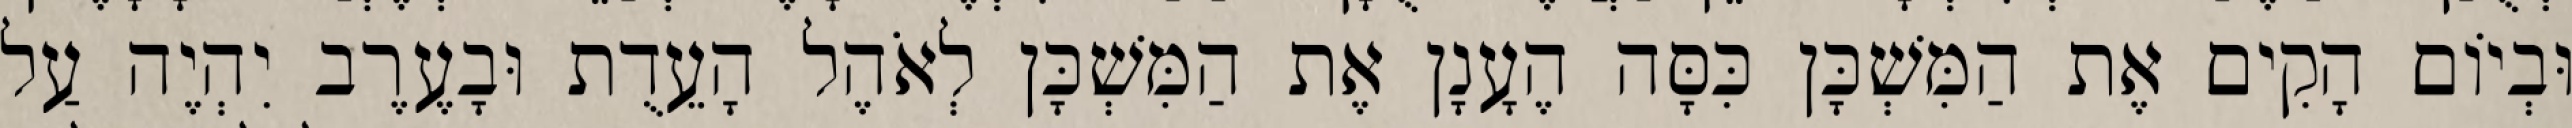
וּבְיוֹם הָקִים אֶת הַמִּשְׁכָּן כִּסָּה הֶעָנָן אֶת הַמִּשְׁכָּן לְאֹהֶל הָעֵדֻת וּבָעֶרֶב יִהְיֶה עַל